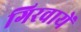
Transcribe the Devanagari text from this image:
गिरवायें